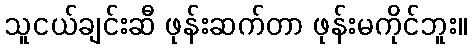
သူငယ်ချင်းဆီ ဖုန်းဆက်တာ ဖုန်းမကိုင်ဘူး။